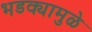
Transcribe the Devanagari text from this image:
भडक्यामुळे